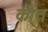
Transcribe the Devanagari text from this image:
कोंत